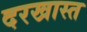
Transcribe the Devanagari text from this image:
दरखास्त